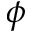
\phi